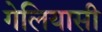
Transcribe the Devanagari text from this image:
गेलियासी